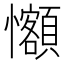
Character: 𪭄